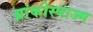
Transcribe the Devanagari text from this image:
ब्रांकोस्पाज्म